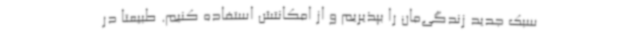
سبک جدید زندگی‌مان را بپذیریم و از امکانتش استفاده کنیم. طبیعتا در